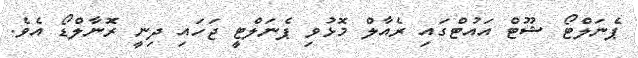
ޕެނަލްޓޯ ޝޫޓް އައުޓްގައި ރެއާލް މޮޅުވި ޕެނަލްޓީ ޖަހައި ދިނީ ރޮނާލްޑޯ އެވެ.